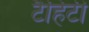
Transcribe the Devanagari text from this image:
टैहिटी